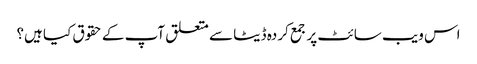
اس ویب سائٹ پر جمع کردہ ڈیٹا سے متعلق آپ کے حقوق کیا ہیں؟